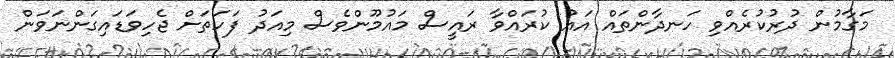
މަގާމުން ދުރުކުރެއްވި ހަނދާންތައް އައު ކުރައްވާ ރައީސް މައުމޫންވެސް މިއަދު ފަހަތަށް ޖެހިވަޑައިގަންނަވަން